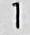
1